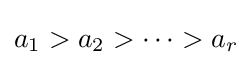
a_{1}>a_{2}>\cdots >a_{r}